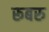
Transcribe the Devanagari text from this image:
रूबरु